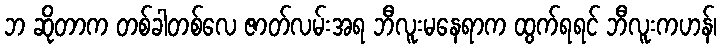
ဘ ဆိုတာက တစ်ခါတစ်လေ ဇာတ်လမ်းအရ ဘီလူးမနေရာက ထွက်ရရင် ဘီလူးကဟန်၊